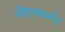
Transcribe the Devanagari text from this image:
बोएनबर्गर